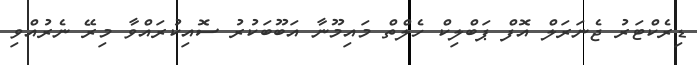
ޑިރެކްޓަރު ޖެނަރަލް އޮފް ޕަބްލިކް ހެލްތް މައިމޫނާ އަބޫބަކުރު ސޮއިކުރައްވާ މިރޭ ނެރުއްވި